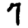
Digit: 7